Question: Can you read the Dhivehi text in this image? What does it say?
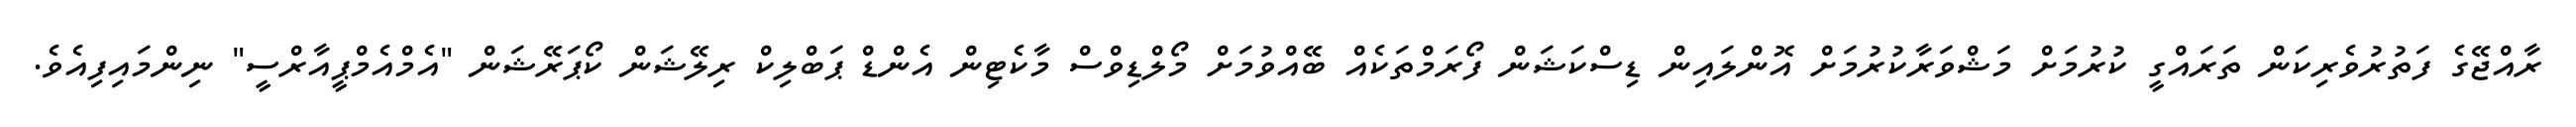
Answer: ރާއްޖޭގެ ފަތުރުވެރިކަން ތަރައްގީ ކުރުމަށް މަޝްވަރާކުރުމަށް އޮންލައިން ޑިސްކަޝަން ފޯރަމްތަކެއް ބޭއްވުމަށް މޯލްޑިވްސް މާކެޓިން އެންޑް ޕަބްލިކް ރިލޭޝަން ކޯޕަރޭޝަން "އެމްއެމްޕީއާރްސީ" ނިންމައިފިއެވެ.